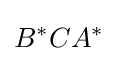
B^{*}CA^{*}\!